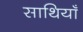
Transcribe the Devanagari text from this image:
साथियाँ